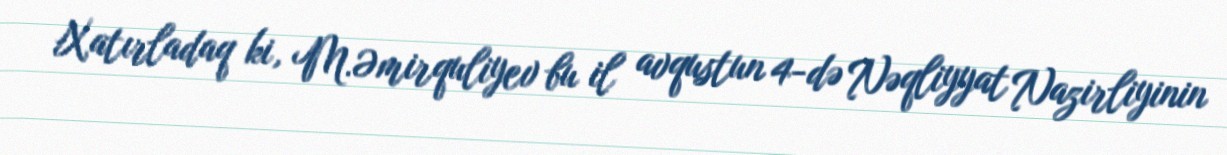
Xatırladaq ki, M.Əmirquliyev bu il avqustun 4-də Nəqliyyat Nazirliyinin